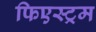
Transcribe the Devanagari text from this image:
फिएस्ट्रम